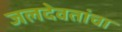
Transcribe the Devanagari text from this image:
जलदेवतांचा